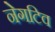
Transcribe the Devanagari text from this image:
नेगटिव